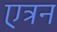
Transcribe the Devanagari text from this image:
एत्रन